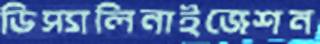
ডিস্যালিনাইজেশন